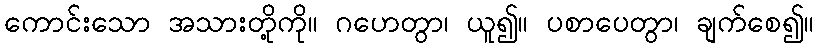
ကောင်းသော အသားတို့ကို။ ဂဟေတွာ၊ ယူ၍။ ပစာပေတွာ၊ ချက်စေ၍။